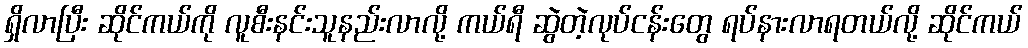
ရှိလာပြီး ဆိုင်ကယ်ကို လူစီးနင်းသူနည်းလာလို့ ကယ်ရီ ဆွဲတဲ့လုပ်ငန်းတွေ ရပ်နားလာရတယ်လို့ ဆိုင်ကယ်